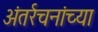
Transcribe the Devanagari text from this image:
अंतर्रचनांच्या